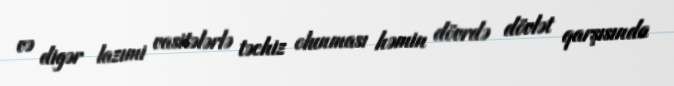
və digər lazımi vasitələrlə təchiz olunması həmin dövrdə dövlət qarşısında